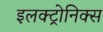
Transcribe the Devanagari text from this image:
इलक्ट्रोनिक्स